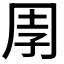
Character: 𭎈